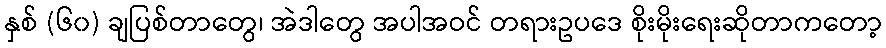
နှစ် (၆၀) ချပြစ်တာတွေ၊ အဲဒါတွေ အပါအဝင် တရားဥပဒေ စိုးမိုးရေးဆိုတာကတော့